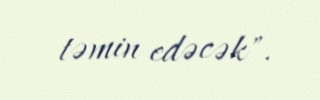
təmin edəcək".